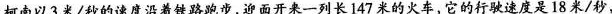
柯南以3米/秒的速度沿着铁路跑步，迎面开来一列长147米的火车，它的行驶速度是18米/秒，